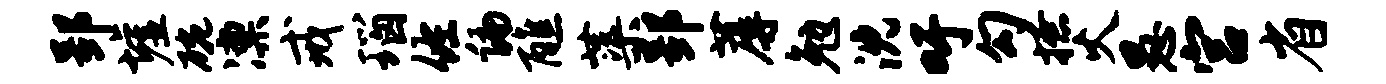
郢墟碗凛戒瑙佐编醮蕖郢蓐勉沈吁勾撩火愚宫省